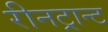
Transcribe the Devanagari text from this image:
रीनट्रान्ट